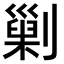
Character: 𠟾